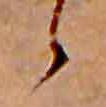
ゝ